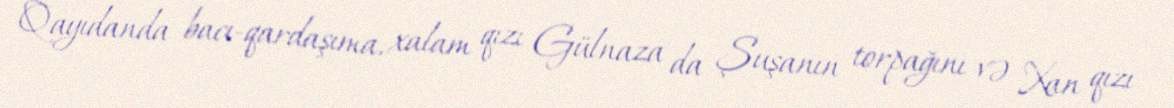
Qayıdanda bacı-qardaşıma, xalam qızı Gülnaza da Şuşanın torpağını və Xan qızı